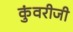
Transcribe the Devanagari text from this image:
कुंवरीजी